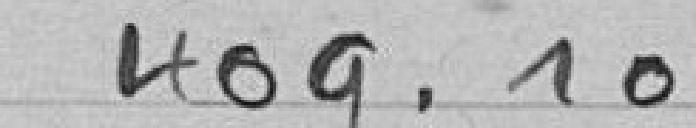
409,10